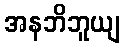
အနဘိဘူယျ